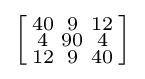
\left[{\begin{smallmatrix}40&9&12\\4&90&4\\12&9&40\end{smallmatrix}}\right]